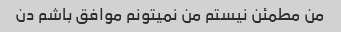
من مطمئن نیستم من نمیتونم موافق باشم دن